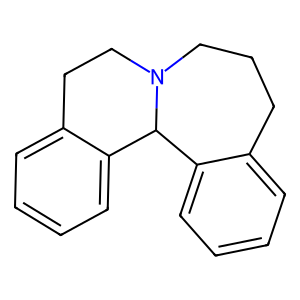
SMILES: c1ccc2c(c1)CCCN1CCc3ccccc3C21
Inhibits HIV replication: No